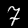
Digit: 7